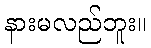
နားမလည်ဘူး။